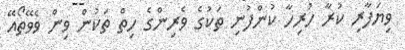
ވިޔަފާރި ކުރާ ހުރިހާ ކުންފުނި ތަކުގެ ވެރިންގެ ހިތް ތަކުން ވިން ވެވޭތޯއޭ